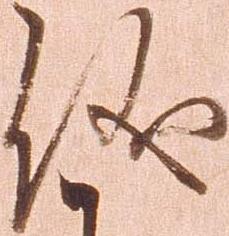
儀